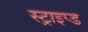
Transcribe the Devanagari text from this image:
स्ट्राइप्ड